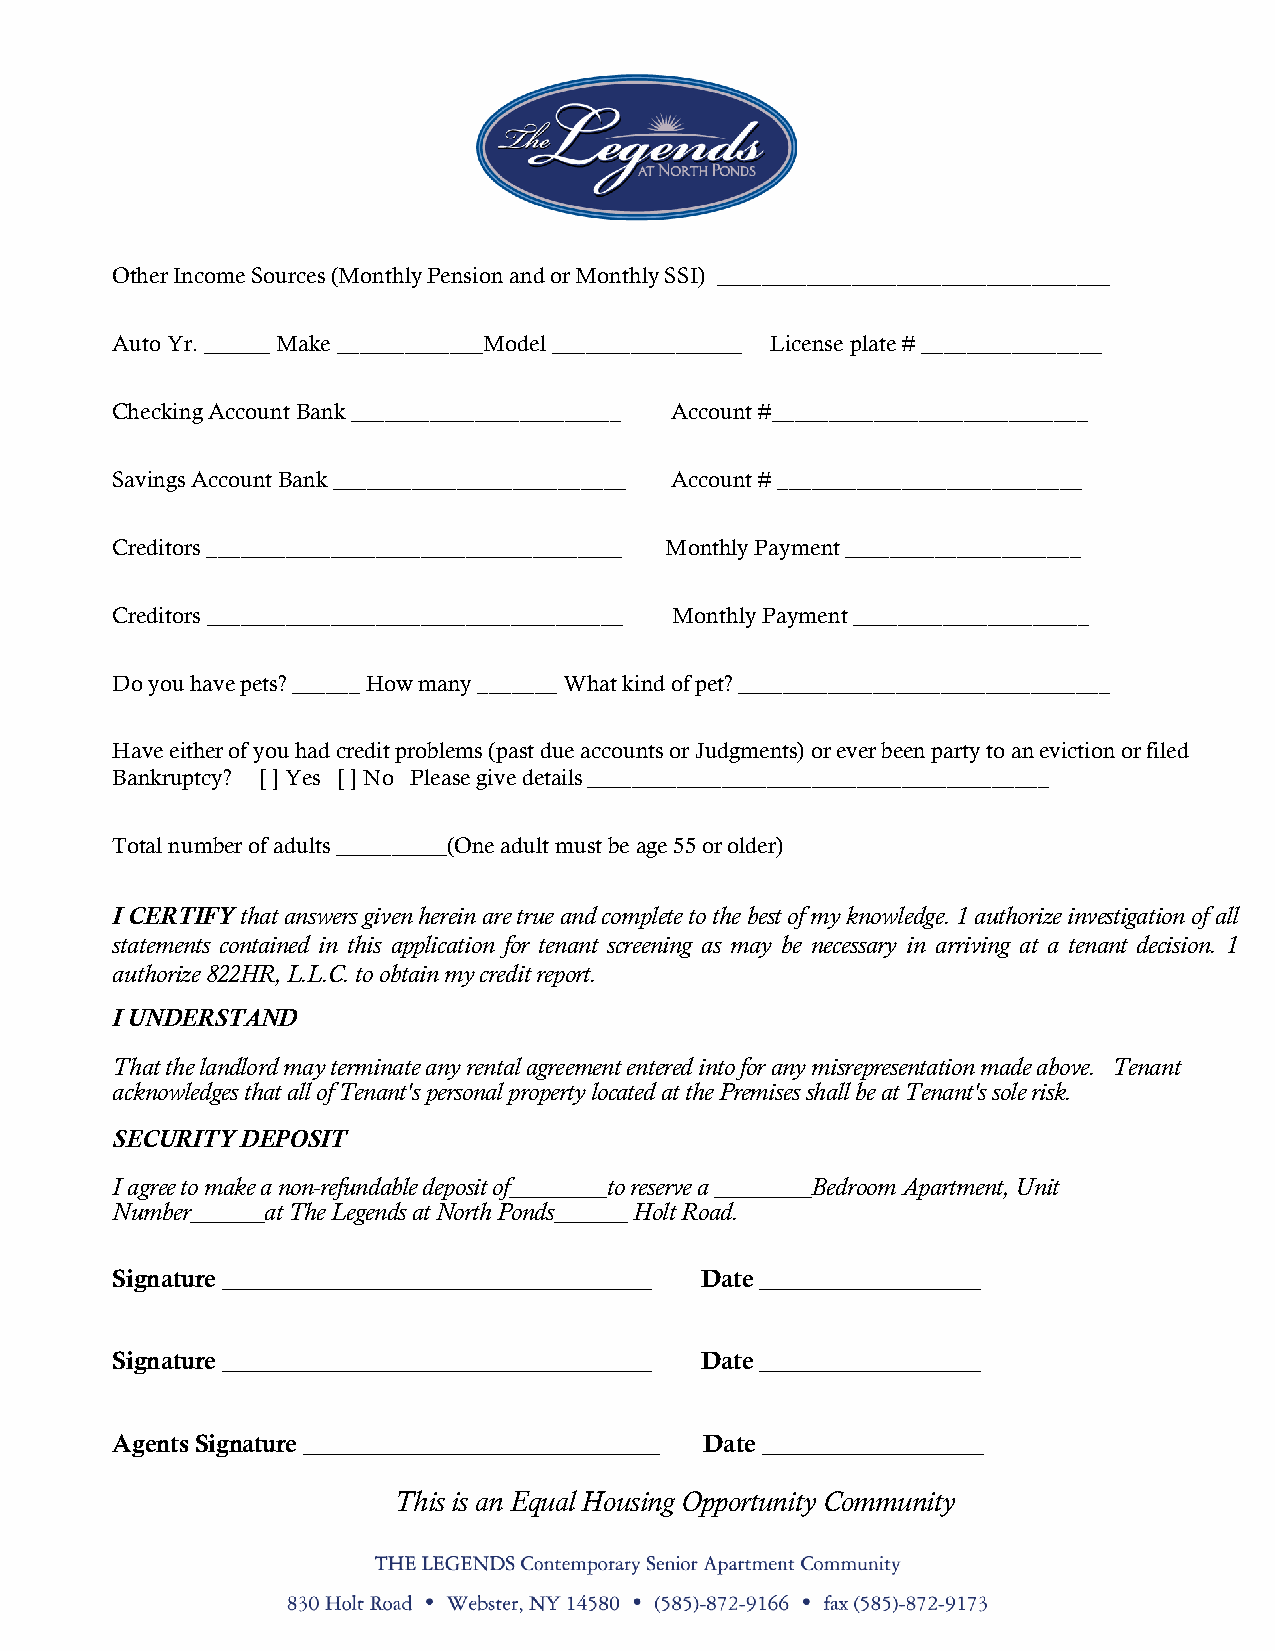
Other Income Sources (Monthly Pension and or Monthly SSI) ___________________________________
 Auto Yr. ______ Make _____________Model _________________ License plate # ________________
 Checking Account Bank ________________________ Account #____________________________
 Savings Account Bank __________________________ Account # ___________________________
 Creditors _____________________________________ Monthly Payment _____________________
 Creditors _____________________________________ Monthly Payment _____________________
 Do you have pets? ______ How many _______ What kind of pet? _________________________________
 Have either of you had credit problems (past due accounts or Judgments) or ever been party to an eviction or filed
 Bankruptcy? [ ] Yes [ ] No Please give details _________________________________________
 Total number of adults __________(One adult must be age 55 or older)
 I CERTIFY that answers given herein are true and complete to the best of my knowledge. 1 authorize investigation of all
 statements contained in this application for tenant screening as may be necessary in arriving at a tenant decision. 1
 authorize 822HR, L.L.C. to obtain my credit report.
 I UNDERSTAND
 That the landlord may terminate any rental agreement entered into for any misrepresentation made above. Tenant
 acknowledges that all of Tenant's personal property located at the Premises shall be at Tenant's sole risk.
 SECURITY DEPOSIT
 I agree to make a non-refundable deposit of________to reserve a ________Bedroom Apartment, Unit
 Number______at The Legends at North Ponds______ Holt Road.
 Signature ___________________________________ Date __________________
 Signature ___________________________________ Date __________________
 Agents Signature _____________________________ Date __________________
 This is an Equal Housing Opportunity Community